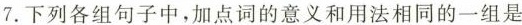
7.下列各组句子中，加点词的意义和用法相同的一组是